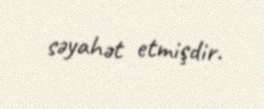
səyahət etmişdir.